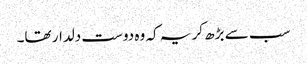
سب سے بڑھ کر یہ کہ وہ دوست دلدار تھا۔